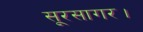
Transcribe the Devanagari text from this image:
सूरसागर।